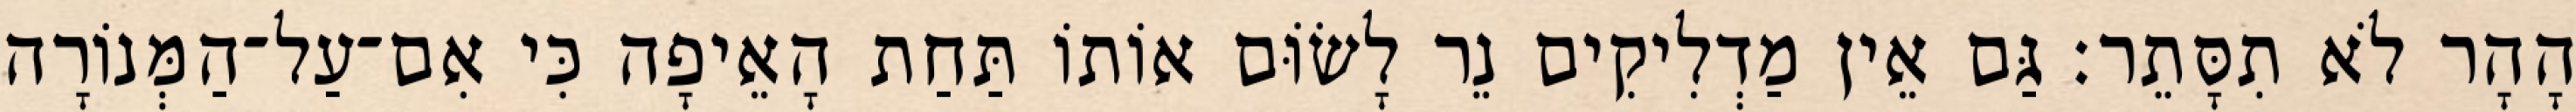
הָהָר לֹא תִסָּתֵר׃ גַּם אֵין מַדְלִיקִים נֵר לָשׂוֹּם אוֹתוֹ תַּחַת הָאֵיפָה כִּי אִם־עַל־הַמְּנוֹרָה